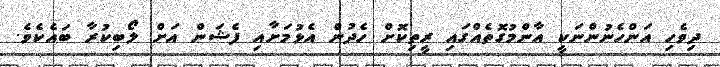
ދިވެހި އަންހެނުންނަކީ އާންމުގޮތެއްގައި ރީތިކޮށް ހެދުން އެޅުމަށާއި ފެޝަން އަށް ލޯބިކުރާ ބައެކެވެ.